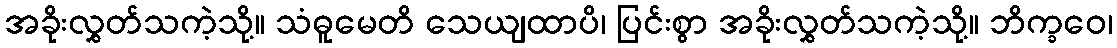
အခိုးလွှတ်သကဲ့သို့။ သံဓူမေတိ သေယျထာပိ၊ ပြင်းစွာ အခိုးလွှတ်သကဲ့သို့။ ဘိက္ခဝေ၊